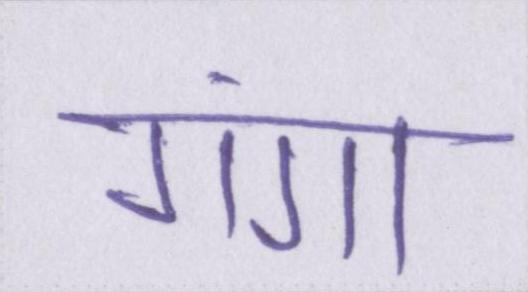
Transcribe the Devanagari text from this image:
गंगा